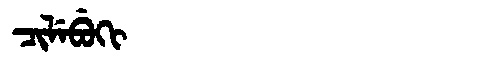
Manchu: ᠴᡳᠯᡝᠪᡠᡴᡳ
Romanization: CILEBUKI